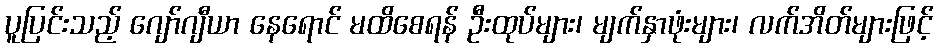
ပူပြင်းသည့် ဂျော်ဂျီယာ နေရောင် မထိစေရန် ဦးထုပ်များ၊ မျက်နှာဖုံးများ၊ လက်အိတ်များဖြင့်